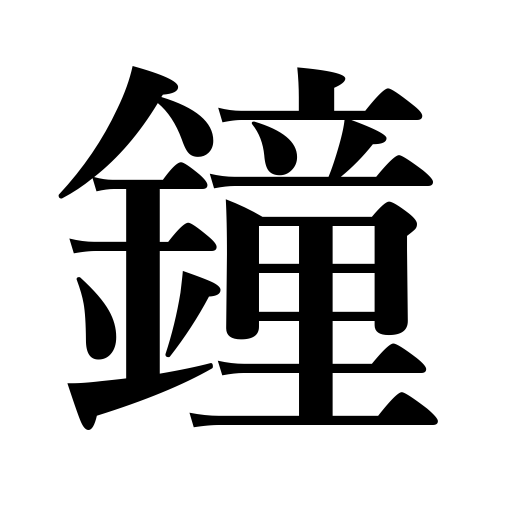
Meanings: bell,gong,chimes,carillon